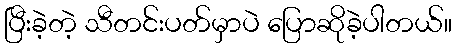
ပြီးခဲ့တဲ့ သီတင်းပတ်မှာပဲ ပြောဆိုခဲ့ပါတယ်။